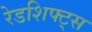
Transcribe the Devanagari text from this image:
रेडशिफ्ट्स